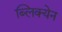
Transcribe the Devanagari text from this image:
ब्लिक्येन